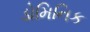
ડોમિનિક